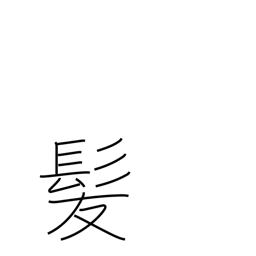
Meaning: hair of the head